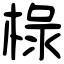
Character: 椂